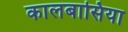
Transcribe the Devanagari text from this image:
कालबासिया